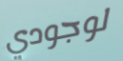
لوجودي